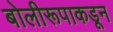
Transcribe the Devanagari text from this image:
बोलीरूपाकडून